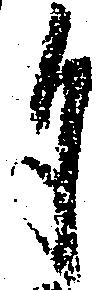
自